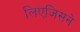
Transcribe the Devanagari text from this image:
लिएजिसने